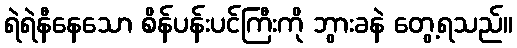
ရဲရဲနီနေသော စိန်ပန်းပင်ကြီးကို ဘွားခနဲ တွေ့ရသည်။